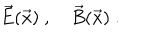
\vec { E } ( \vec { x } ) \ , \quad \vec { B } ( \vec { x } ) \ .